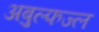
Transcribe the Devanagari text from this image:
अबुल्फज्ल